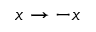
x \rightarrow - x